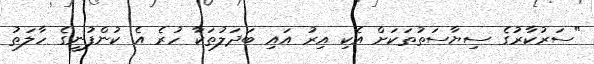
"ސަރުކާރުގެ ސިޔާސަތުތަކަށް އެކި އިރު އައި ބަދަލުތަކާ ހުރެ އެ ކުންފުނީގެ ހާލަތު